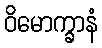
ဝိမောက္ခာနံ